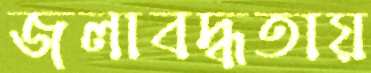
জলাবদ্ধতায়